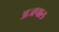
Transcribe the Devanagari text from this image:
अजपाल